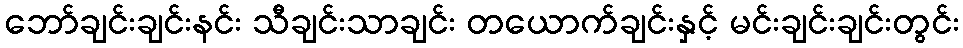
ဘော်ချင်းချင်းနင်း သီချင်းသာချင်း တယောက်ချင်းနှင့် မင်းချင်းချင်းတွင်း